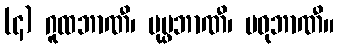
(၄) ဂူထဘာဏီ၊ ပုပ္ဖဘာဏီ၊ မဓုဘာဏီ။